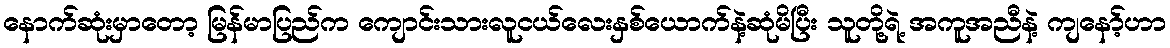
နောက်ဆုံးမှာတော့ မြန်မာပြည်က ကျောင်းသားလူငယ်လေးနှစ်ယောက်နဲ့ဆုံမိပြီး သူတို့ရဲ့ အကူအညီနဲ့ ကျနော့်ဟာ